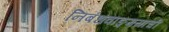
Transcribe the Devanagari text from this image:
निबंधवाङ्‌मयाची